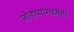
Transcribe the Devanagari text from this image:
जोडप्यांमध्येही